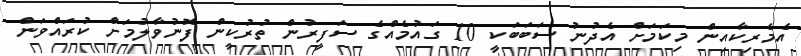
އެމެރިކާއިން މިކަމަށް އެދުނު ސަބަބަކީ 10 ގައުމެއްގެ ސަފީރުން ތުރުކީން ފޮނުވާލުމަށް ކުރައްވަން